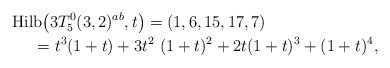
\begin{gather*}{\rm Hilb}\big(3T_5^{0}(3,2)^{ab},t\big)=(1,6,15,17,7)\\\hphantom{{\rm Hilb}\big(3T_5^{0}(3,2)^{ab},t\big)}{}=t^3 (1+t)+3 t^2~(1+t)^2+2t (1+t)^3+(1+t)^4,\end{gather*}